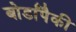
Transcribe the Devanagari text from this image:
बोर्डांपैकी